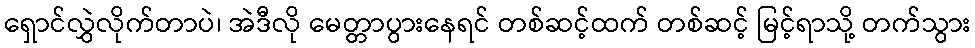
ရှောင်လွှဲလိုက်တာပဲ၊ အဲဒီလို မေတ္တာပွားနေရင် တစ်ဆင့်ထက် တစ်ဆင့် မြင့်ရာသို့ တက်သွား